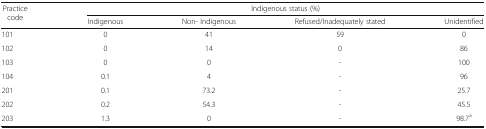
<table><thead><tr><td rowspan="2"><b>Practice code</b></td><td colspan="4"><b>Indigenous status (%)</b></td></tr><tr><td><b>Indigenous</b></td><td><b>Non- Indigenous</b></td><td><b>Refused/Inadequately stated</b></td><td><b>Unidentified</b></td></tr></thead><tbody><tr><td>101</td><td>0</td><td>41</td><td>59</td><td>0</td></tr><tr><td>102</td><td>0</td><td>14</td><td>0</td><td>86</td></tr><tr><td>103</td><td>0</td><td>0</td><td>-</td><td>100</td></tr><tr><td>104</td><td>0.1</td><td>4</td><td>-</td><td>96</td></tr><tr><td>201</td><td>0.1</td><td>73.2</td><td>-</td><td>25.7</td></tr><tr><td>202</td><td>0.2</td><td>54.3</td><td>-</td><td>45.5</td></tr><tr><td>203</td><td>1.3</td><td>0</td><td>-</td><td>98.7<sup>a</sup></td></tr></tbody></table>